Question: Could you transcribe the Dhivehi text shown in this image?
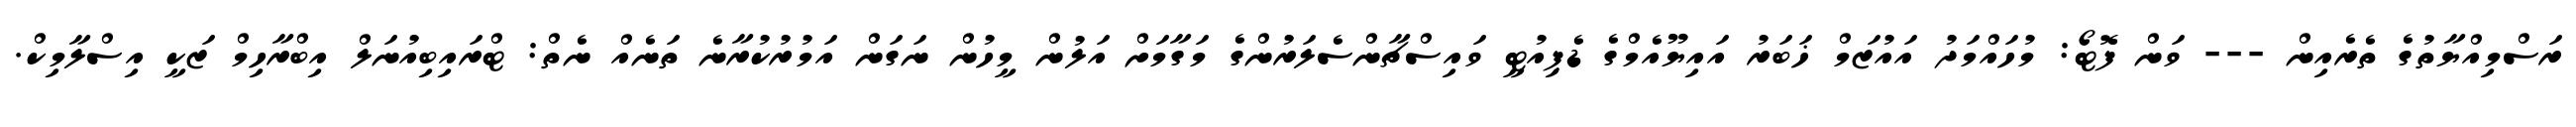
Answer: ރަސްމިއްޔާތުގެ ތެރެއިން --- ވަން ފޮޓޯ: މުހައްމަދު އައުޒަމް ޚަބަރު އައިޔޫއެމްގެ ޑެޕިއުޓީ ވައިސްޗާންސެލަރުންގެ މަގާމަށް އަލުން މީހުން ނަގަން އަމުރުކުރާނެ ތަނެއް ނެތް: ޓްރައިބިއުނަލް އިބްރާހިމް ޒަކީ އިސްލާމިކް.